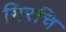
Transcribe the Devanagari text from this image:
मिरचि